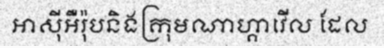
អាស៊ីអឺរ៉ុបនិងក្រុមណាហ្គាវើល ដែល